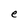
Character: e